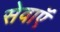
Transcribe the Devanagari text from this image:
सेवाऍं